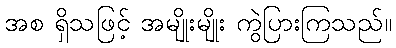
အစ ရှိသဖြင့် အမျိုးမျိုး ကွဲပြားကြသည်။